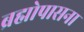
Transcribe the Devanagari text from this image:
ब्रह्मोपासना